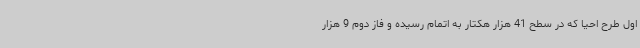
اول طرح احیا که در سطح 41 هزار هکتار به اتمام رسیده و فاز دوم 9 هزار